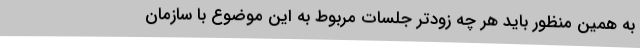
به همین منظور باید هر چه زودتر جلسات مربوط به این موضوع با سازمان